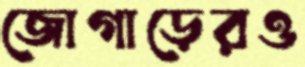
জোগাড়েরও